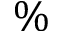
\%